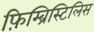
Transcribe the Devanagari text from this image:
फ़िम्ब्रिस्टिलिस